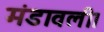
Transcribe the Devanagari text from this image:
मंडावली।